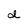
Character: d